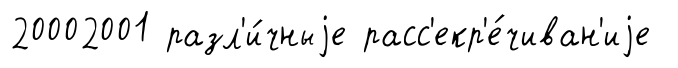
20002001 разл'и́чныjе расс'екр'е́чиван'иjе